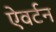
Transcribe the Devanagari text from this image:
ऐवर्टन